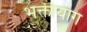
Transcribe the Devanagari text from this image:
भक्तीयोग